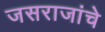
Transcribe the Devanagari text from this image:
जसराजांचे